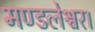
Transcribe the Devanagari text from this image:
मण्डलेश्वर।